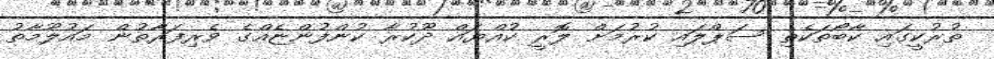
ތުރުކީގައި ކާބޯތަކެތި ސަޕްލައި ކުރުމަށް ލޮރީ ކުއްޔައް ދޫކުރާ ކުންފުންޏެއްގެ ވެރިފަރާތުން މައުލޫމާތު